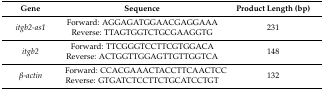
<table><thead><tr><td><b>Gene</b></td><td><b>Sequence</b></td><td><b>Product Length (bp)</b></td></tr></thead><tbody><tr><td><i>itgb2-as1</i></td><td>Forward: AGGAGATGGAACGAGGAAA Reverse: TTAGTGGTCTGCGAAGGTG</td><td>231</td></tr><tr><td><i>itgb2</i></td><td>Forward: TTCGGGTCCTTCGTGGACA Reverse: ACTGGTTGGAGTTGTTGGTCA</td><td>148</td></tr><tr><td><i>β-actin</i></td><td>Forward: CCACGAAACTACCTTCAACTCC Reverse: GTGATCTCCTTCTGCATCCTGT</td><td>132</td></tr></tbody></table>